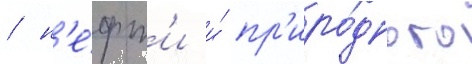
/ н'е́фт'и и́ пр'иро́дного